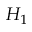
H _ { 1 }